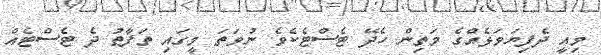
މިއީ ދެފިޔަވަޅެއްގެ މަތިން ހެދޭ ޓެސްޓެކެވެ. ނުވަތަ މީގައި ތަފާތު ދެ ޓެސްޓެއް